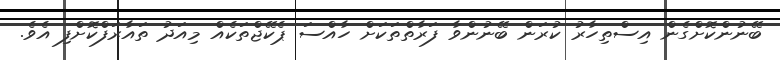
ބޭނުންކޮށްގެން އިސްތިހާރު ކުރަން ބޭނުންވާ ފަރާތްތަކަށް ހާއްސަ ޕެކޭޖްތަކެއް މިއަދު ތައާރަފްކޮށްފި އެވެ.